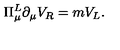
\Pi _ { \mu } ^ { L } \partial _ { \mu } V _ { R } = m V _ { L } .